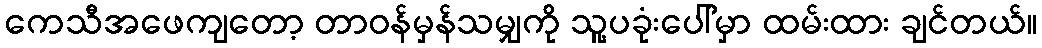
ကေသီအဖေကျတော့ တာဝန်မှန်သမျှကို သူ့ပခုံးပေါ်မှာ ထမ်းထား ချင်တယ်။